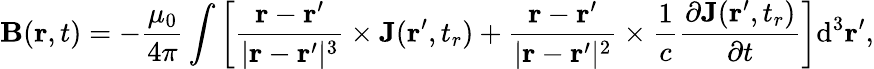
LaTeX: \mathbf{B}(\mathbf{r},t)=-{\frac{\mu_{0}}{4\pi}}\int\left[{\frac{\mathbf{r}-\mathbf{r}^{\prime}}{|\mathbf{r}-\mathbf{r}^{\prime}|^{3}}}\times\mathbf{J}(\mathbf{r}^{\prime},t_{r})+{\frac{\mathbf{r}-\mathbf{r}^{\prime}}{|\mathbf{r}-\mathbf{r}^{\prime}|^{2}}}\times{\frac{1}{c}}{\frac{\partial\mathbf{J}(\mathbf{r}^{\prime},t_{r})}{\partial t}}\right]\mathrm{d}^{3}\mathbf{r}^{\prime},